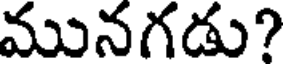
మునగడు?